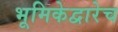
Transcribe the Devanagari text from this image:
भूमिकेद्वारेच